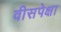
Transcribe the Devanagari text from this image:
वीसपेक्षा